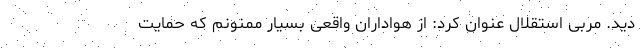
دید. مربی استقلال عنوان کرد: از هواداران واقعی بسیار ممنونم که حمایت